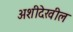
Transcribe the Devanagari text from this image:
अशीदेखील